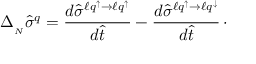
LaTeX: \Delta _ { _ N } \hat { \sigma } ^ { q } = { \frac { d \hat { \sigma } ^ { \ell q ^ { \uparrow } \to \ell q ^ { \uparrow } } } { d \hat { t } } } - { \frac { d \hat { \sigma } ^ { \ell q ^ { \uparrow } \to \ell q ^ { \downarrow } } } { d \hat { t } } } \, \cdot